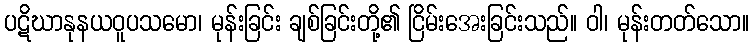
ပဋိဃာနုနယဝူပသမော၊ မုန်းခြင်း ချစ်ခြင်းတို့၏ ငြိမ်းအေးခြင်းသည်။ ဝါ၊ မုန်းတတ်သော။